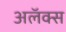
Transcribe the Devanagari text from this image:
अलॅक्स